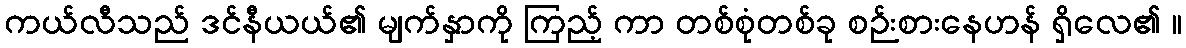
ကယ်လီသည် ဒင်နီယယ်၏ မျက်နှာကို ကြည့် ကာ တစ်စုံတစ်ခု စဉ်းစားနေဟန် ရှိလေ၏ ။